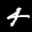
Label: 4